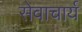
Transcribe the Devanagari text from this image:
सेवाचार्य